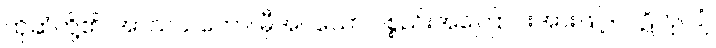
ထိုဆံတို့၏။ အာသယတော၊ မှီအပ်သော ပစ္စည်းအကြောင်းအားဖြင့်။ ပါဋိကုလျံ၊